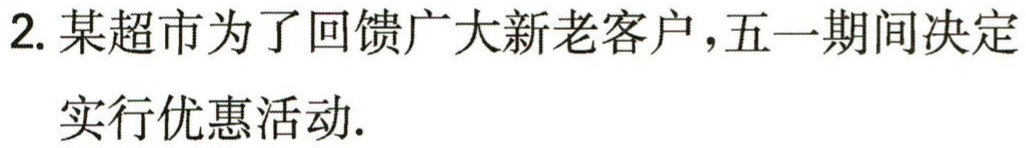
2. 某超市为了回馈广大新老客户，五一期间决定

实行优惠活动.